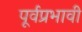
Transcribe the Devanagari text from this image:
पूर्वप्रभावी